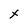
Character: x